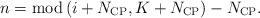
LaTeX: \begin{align*} n = {\rm mod} \left( {i + {N_{{\rm{CP}}}},K + {N_{{\rm{CP}}}}} \right) - {N_{{\rm{CP}}}}. \end{align*}